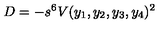
D = - s ^ { 6 } V ( y _ { 1 } , y _ { 2 } , y _ { 3 } , y _ { 4 } ) ^ { 2 }